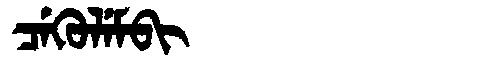
Manchu: ᠴᡝᡴᡠᠯᡝᠮᠪᡳ
Romanization: CEKULEMBI